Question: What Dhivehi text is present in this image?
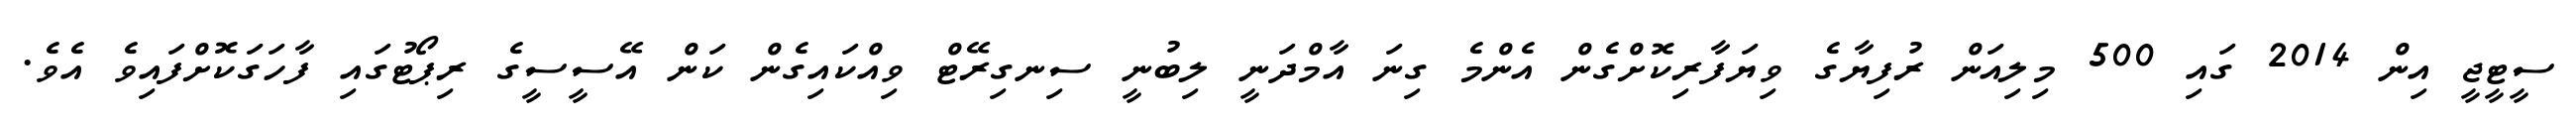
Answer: ސީޓީޖީ އިން 2014 ގައި 500 މިލިއަން ރުފިޔާގެ ވިޔަފާރިކޮށްގެން އެންމެ ގިނަ އާމްދަނީ ލިބުނީ ސިނގިރޭޓް ވިއްކައިގެން ކަން އޭސީސީގެ ރިޕޯޓުގައި ފާހަގަކޮށްފައިވެ އެވެ.